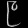
Digit: ၉